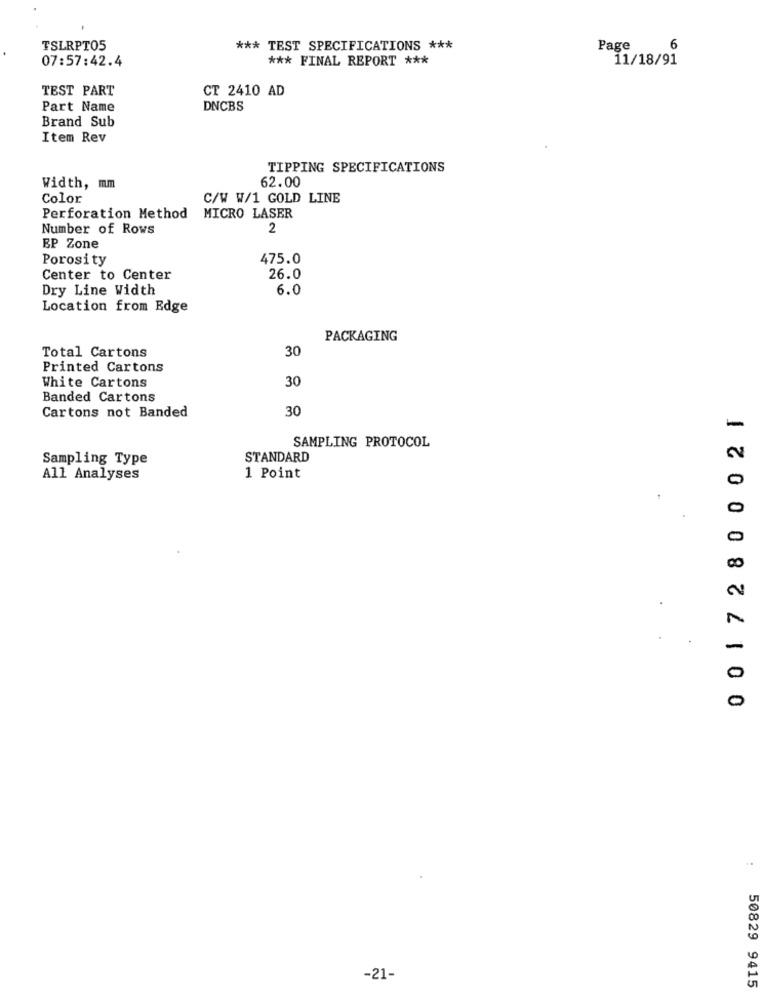
TSLRPT05
*** TEST SPECIFICATIONS ***
Page
6
07:57:42.4
*** FINAL REPORT ***
11/18/91
TEST PART
CT 2410 AD
Part Name
DNCBS
Brand Sub
Item Rev
TIPPING SPECIFICATIONS
62.00
Width, mm
Color
C/W W/1 GOLD LINE
Perforation Method
MICRO LASER
Number of Rows
2
EP Zone
Porosity
475.0
Center to Center
26.0
Dry Line Width
6.0
Location from Edge
PACKAGING
Total Cartons
30
Printed Cartons
White Cartons
30
Banded Cartons
Cartons not Banded
30
0 01728 00021
-
SAMPLING PROTOCOL
Sampling Type
STANDARD
All Analyses
1 Point
0
-21-
50829 9415